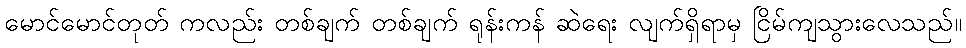
မောင်မောင်တုတ် ကလည်း တစ်ချက် တစ်ချက် ရုန်းကန် ဆဲရေး လျက်ရှိရာမှ ငြိမ်ကျသွားလေသည်။